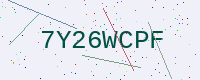
Text: 7Y26WCPF